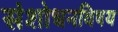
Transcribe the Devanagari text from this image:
संशोधनविषय